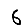
Digit: 6